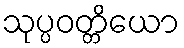
သုပ္ပဝတ္တိယော